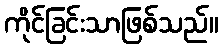
ကိုင်ခြင်းသာဖြစ်သည်။